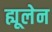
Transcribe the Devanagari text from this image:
ह्यूलेन